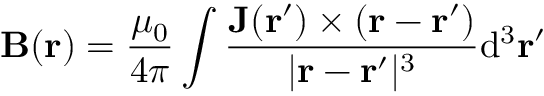
\mathbf { B } ( \mathbf { r } ) = { \frac { \mu _ { 0 } } { 4 \pi } } \int { { \frac { \mathbf { J } ( \mathbf { r } ^ { \prime } ) \times \left( \mathbf { r } - \mathbf { r } ^ { \prime } \right) } { | \mathbf { r } - \mathbf { r } ^ { \prime } | ^ { 3 } } } \mathrm { d } ^ { 3 } \mathbf { r } ^ { \prime } }